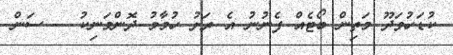
ކުޑަހުވަދޫ މަތިން ބޯޓެއް ފެނުނު އެ ރަށު ހުމާމު ދޮންމަނިކު -- ސަން